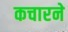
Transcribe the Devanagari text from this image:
कचारने